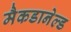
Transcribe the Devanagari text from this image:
मैकडानेल्ड